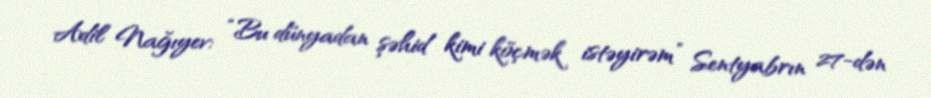
Adil Nağıyev: “Bu dünyadan şəhid kimi köçmək istəyirəm” Sentyabrın 27-dən